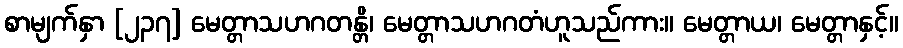
စာမျက်နှာ [၂၃၇] မေတ္တာသဟဂတန္တိ၊ မေတ္တာသဟဂတံဟူသည်ကား။ မေတ္တာယ၊ မေတ္တာနှင့်။